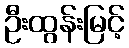
ဦးထွန်းမြင့်